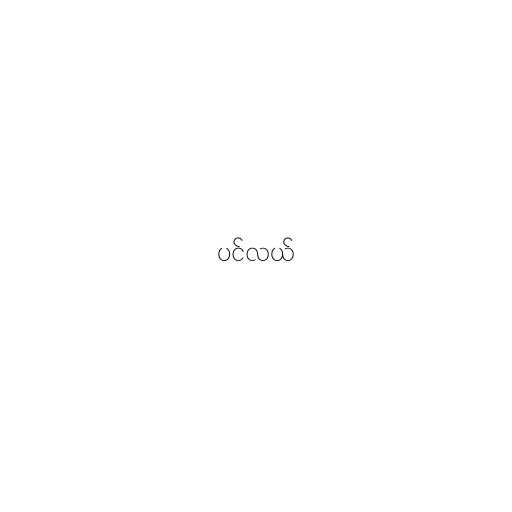
ပင်လယ်